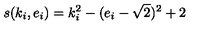
s ( k _ { i } , e _ { i } ) = k _ { i } ^ { 2 } - ( e _ { i } - \sqrt { 2 } ) ^ { 2 } + 2